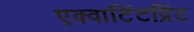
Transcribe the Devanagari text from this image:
एक्वाटिंटप्रिंट